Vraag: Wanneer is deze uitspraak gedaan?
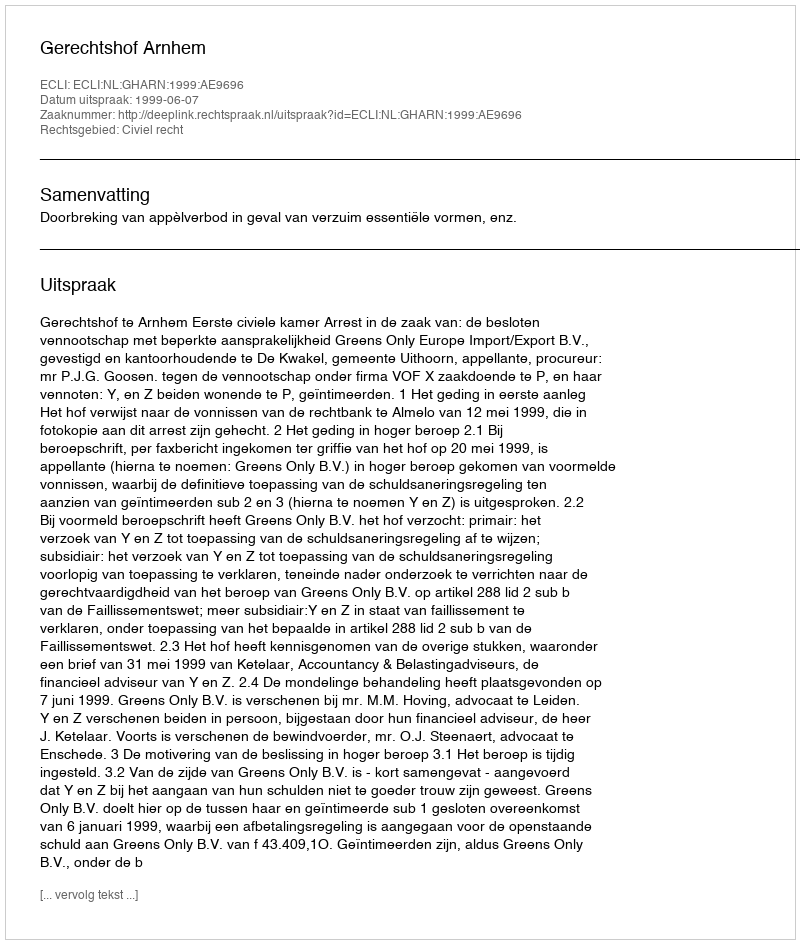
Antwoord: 1999-06-07